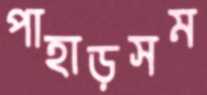
পাহাড়সম